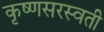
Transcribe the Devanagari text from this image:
कृष्णसरस्वती